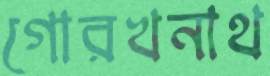
গোরখনাথ